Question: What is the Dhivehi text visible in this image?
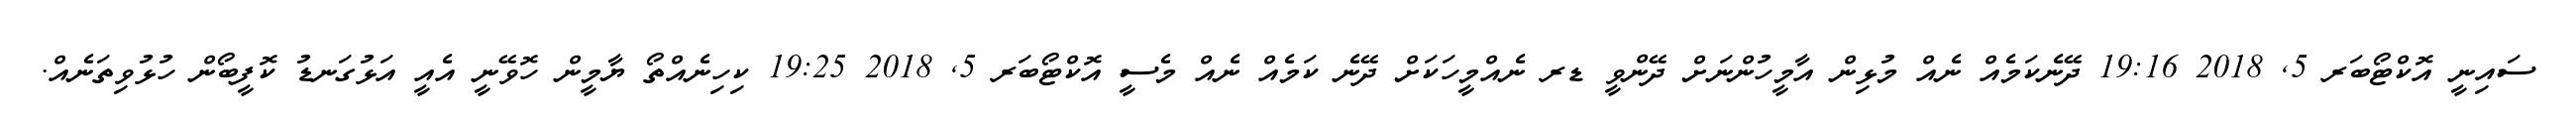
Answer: ސައިނީ އޮކްޓޯބަރ 5, 2018 19:16 ދޭނެކަމެއް ނެއް މުޅިން އާމީހުންނަށް ދޭންވީ ޑރ ނެއްމީހަކަށް ދޭނެ ކަމެއް ނެއް މެސީ އޮކްޓޯބަރ 5, 2018 19:25 ކިހިނެއްތޯ ޔާމީން ހޮވޭނީ އެއީ އަޅުގަނޑު ކޮފީބޯން ހުޅުވިތަނެއް.